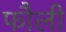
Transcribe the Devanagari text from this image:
फौली